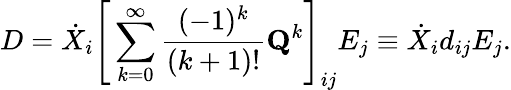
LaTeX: D=\dot{X}_{i}\Bigg[\sum_{k=0}^{\infty}\frac{(-1)^{k}}{(k+1)!}\mathbf{Q}^{k}\Bigg]_{ij}E_{j}\equiv\dot{X}_{i}d_{ij}E_{j}.